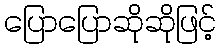
ပြောပြောဆိုဆိုဖြင့်